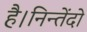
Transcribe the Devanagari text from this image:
है।निन्तेंदो